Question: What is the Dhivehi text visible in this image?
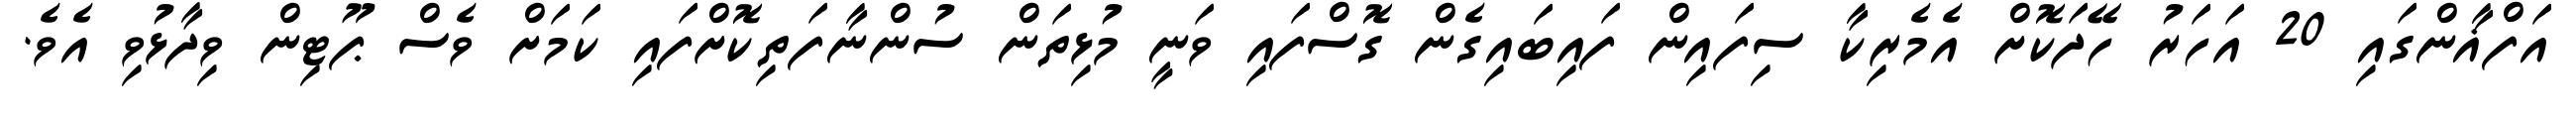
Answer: އަފްޣާންގައި 20 އަހަރު ހޭދަކޮށް އެމެރިކާ ސިފައިން ފައިބައިގެން ގޮސްފައި ވަނީ މުޅިތަން ސުންނާފަތިކޮށްފައި ކަމަށް ވެސް ޕޫޓިން ވިދާޅުވި އެވެ.